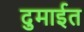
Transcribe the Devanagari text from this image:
दुमाईत